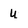
Character: u